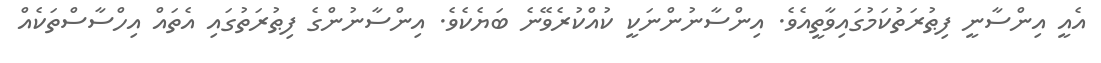
އެއީ އިންސާނީ ފިޠުރަތުކަމުގައިވާތީއެވެ. އިންސާނުންނަކީ ކުއްކުރެވޭނެ ބަޔެކެވެ. އިންސާނުންގެ ފިޠުރަތުގައި އެތައް އިހްސާސްތަކެއް